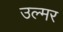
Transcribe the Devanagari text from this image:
उल्मर